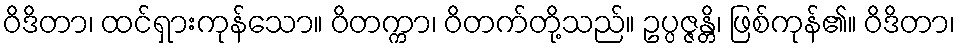
ဝိဒိတာ၊ ထင်ရှားကုန်သော။ ဝိတက္ကာ၊ ဝိတက်တို့သည်။ ဥပ္ပဇ္ဇန္တိ၊ ဖြစ်ကုန်၏။ ဝိဒိတာ၊